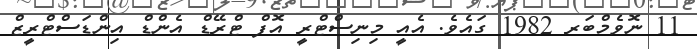
11 ނޮވެމްބަރ 1982 ގައެވެ. އެއީ މިނިސްޓްރީ އޮފް ޓްރޭޑް އެންޑް އިންޑަސްޓްރީޒް